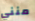
منني